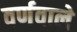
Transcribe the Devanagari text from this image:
वर्णवाले